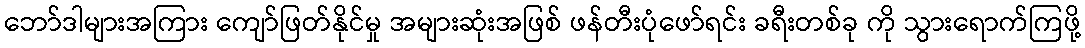
ဘော်ဒါများအကြား ကျော်ဖြတ်နိုင်မှု အများဆုံးအဖြစ် ဖန်တီးပုံဖော်ရင်း ခရီးတစ်ခု ကို သွားရောက်ကြဖို့